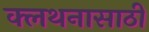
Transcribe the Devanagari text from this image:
क्लथनासाठी